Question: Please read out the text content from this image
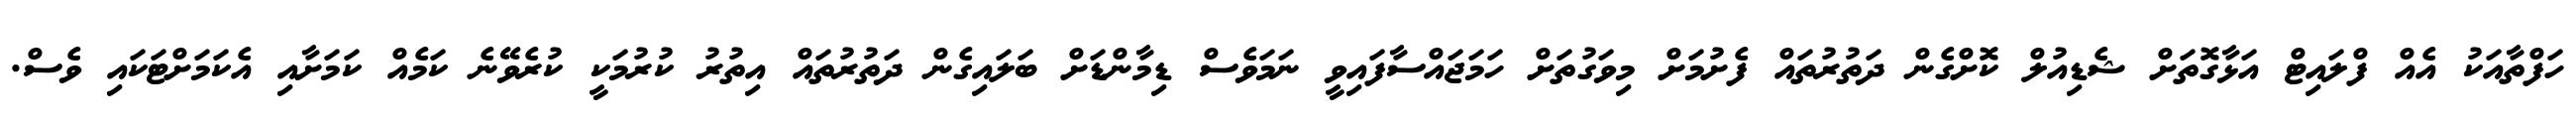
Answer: ހަފްތާއަކު އެއް ފްލައިޓް އަޅާގޮތަށް ޝެޑިއުލް ކޮށްގެން ދަތުރުތައް ފެށުމަށް މިވަގުތަށް ހަމަޖައްސާފައިވީ ނަމަވެސް ޑިމާންޑަށް ބަލައިގެން ދަތުރުތައް އިތުރު ކުރުމަކީ ކުރެވޭނެ ކަމެއް ކަމަށާއި އެކަމަށްޓަކައި ވެސް.